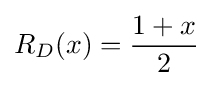
R_{D}(x)={\frac {1+x}{2}}